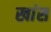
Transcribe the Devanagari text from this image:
खांस